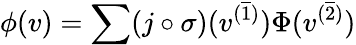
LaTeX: \phi(v)=\sum(j\circ\sigma)(v^{(\overline{{1}})})\Phi(v^{(\overline{{2}})})